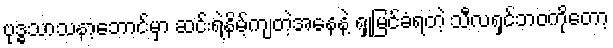
ဗုဒ္ဓသာသနာ့ဘောင်မှာ ဆင်းရဲနိမ့်ကျတဲ့အနေနဲ့ ရှုမြင်ခံရတဲ့ သီလရှင်ဘဝကိုတော့